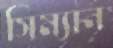
সিম্যান